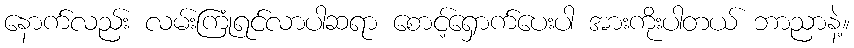
နောက်လည်း လမ်းကြုံရင်လာပါဆရာ စောင့်ရှောက်ပေးပါ အားကိုးပါတယ် ဘာညာနဲ့။